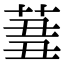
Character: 𦱪